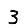
Digit: 3